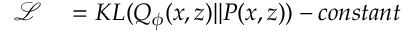
\begin{array} { r l } { \mathcal { L } } & { { } = K L ( Q _ { \phi } ( x , z ) | | P ( x , z ) ) - c o n s t a n t } \end{array}